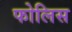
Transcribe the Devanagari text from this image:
फोलिस